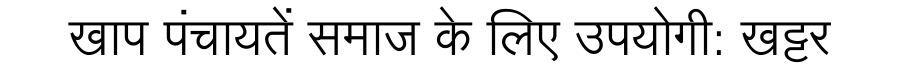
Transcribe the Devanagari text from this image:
खाप पंचायतें समाज के लिए उपयोगी: खट्टर